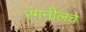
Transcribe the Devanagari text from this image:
रंगनीलचे